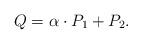
LaTeX: \begin{align*} Q = \alpha \cdot P_1 + P_2.\end{align*}